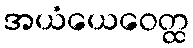
အယံယေဝေတ္ထ